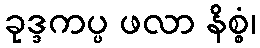
ခုဒ္ဒကပ္ပ ဖလာ နိစ္စံ၊